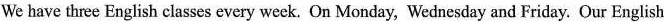
We have three English classes every week. On Monday, Wednesday and Friday. Our English